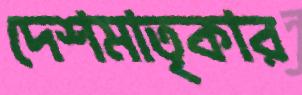
দেশমাতৃকার